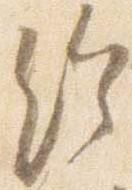
給